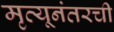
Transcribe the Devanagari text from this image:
मृत्यूनंतरची